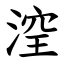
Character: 㴏